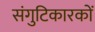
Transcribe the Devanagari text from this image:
संगुटिकारकों